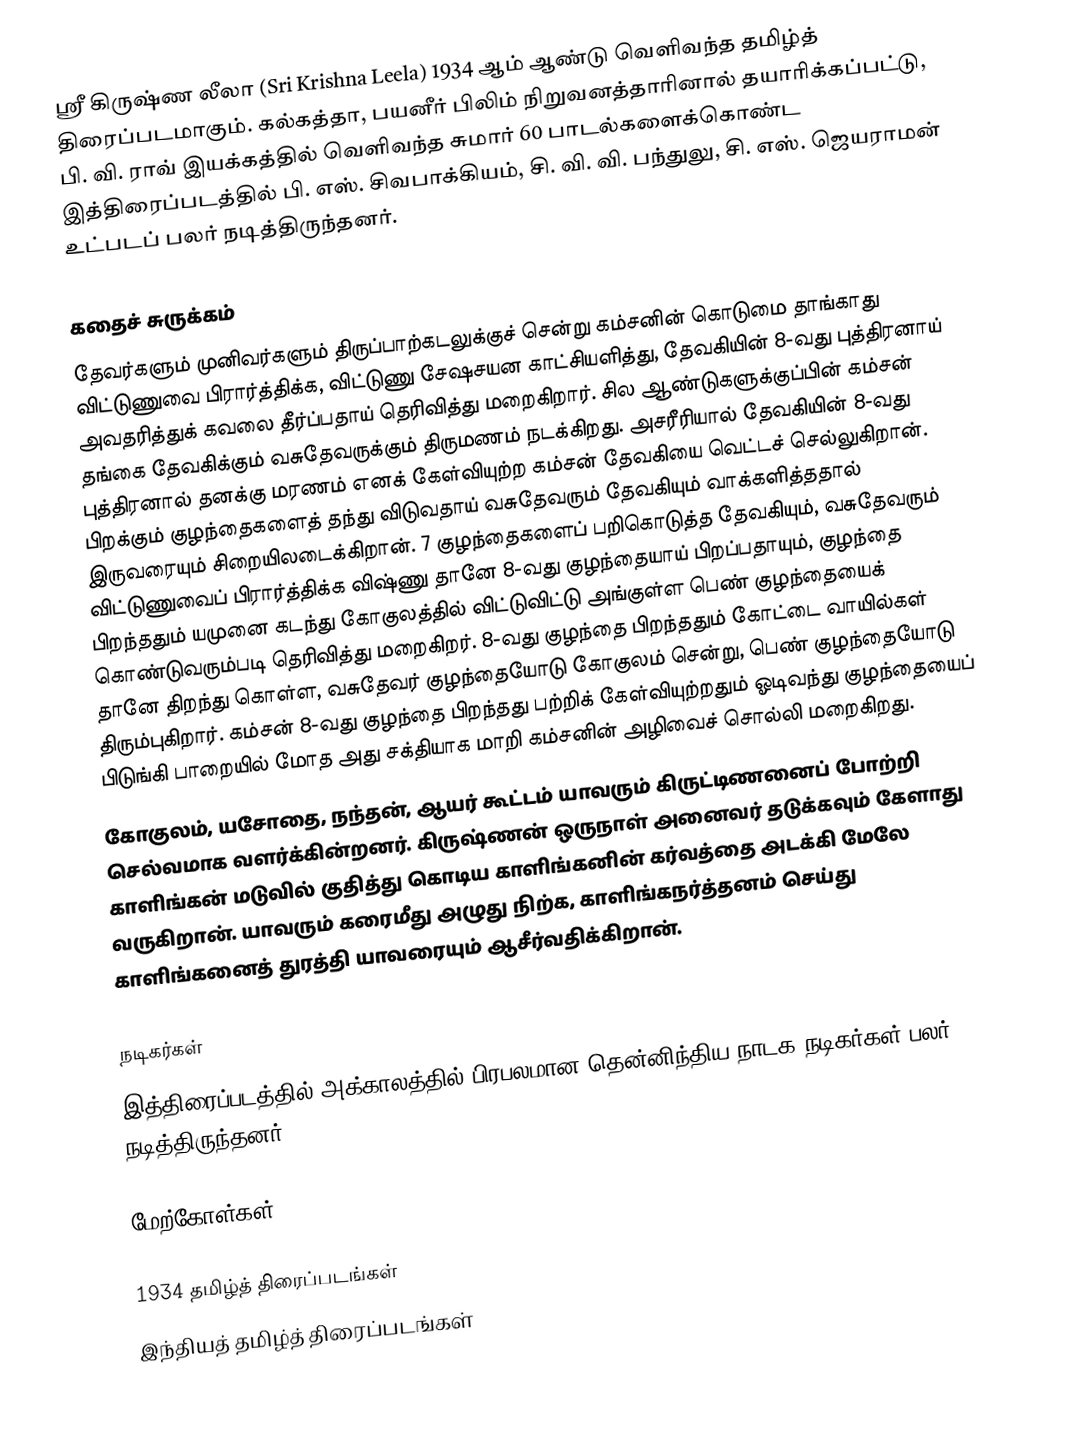
ஸ்ரீ கிருஷ்ண லீலா (Sri Krishna Leela) 1934 ஆம் ஆண்டு வெளிவந்த தமிழ்த் திரைப்படமாகும். கல்கத்தா, பயனீர் பிலிம் நிறுவனத்தாரினால் தயாரிக்கப்பட்டு, பி. வி. ராவ் இயக்கத்தில் வெளிவந்த சுமார் 60 பாடல்களைக்கொண்ட இத்திரைப்படத்தில் பி. எஸ். சிவபாக்கியம், சி. வி. வி. பந்துலு, சி. எஸ். ஜெயராமன் உட்படப் பலர் நடித்திருந்தனர்.

கதைச் சுருக்கம்
தேவர்களும் முனிவர்களும் திருப்பாற்கடலுக்குச் சென்று கம்சனின் கொடுமை தாங்காது விட்டுணுவை பிரார்த்திக்க, விட்டுணு சேஷசயன காட்சியளித்து, தேவகியின் 8-வது புத்திரனாய் அவதரித்துக் கவலை தீர்ப்பதாய் தெரிவித்து மறைகிறார். சில ஆண்டுகளுக்குப்பின் கம்சன் தங்கை தேவகிக்கும் வசுதேவருக்கும் திருமணம் நடக்கிறது. அசரீரியால் தேவகியின் 8-வது புத்திரனால் தனக்கு மரணம் எனக் கேள்வியுற்ற கம்சன் தேவகியை வெட்டச் செல்லுகிறான். பிறக்கும் குழந்தைகளைத் தந்து விடுவதாய் வசுதேவரும் தேவகியும் வாக்களித்ததால் இருவரையும் சிறையிலடைக்கிறான். 7 குழந்தைகளைப் பறிகொடுத்த தேவகியும், வசுதேவரும் விட்டுணுவைப் பிரார்த்திக்க விஷ்ணு தானே 8-வது குழந்தையாய் பிறப்பதாயும், குழந்தை பிறந்ததும் யமுனை கடந்து கோகுலத்தில் விட்டுவிட்டு அங்குள்ள பெண் குழந்தையைக் கொண்டுவரும்படி தெரிவித்து மறைகிறர். 8-வது குழந்தை பிறந்ததும் கோட்டை வாயில்கள் தானே திறந்து கொள்ள, வசுதேவர் குழந்தையோடு கோகுலம் சென்று, பெண் குழந்தையோடு திரும்புகிறார். கம்சன் 8-வது குழந்தை பிறந்தது பற்றிக் கேள்வியுற்றதும் ஓடிவந்து குழந்தையைப் பிடுங்கி பாறையில் மோத அது சக்தியாக மாறி கம்சனின் அழிவைச் சொல்லி மறைகிறது.
கோகுலம், யசோதை, நந்தன், ஆயர் கூட்டம் யாவரும் கிருட்டிணனைப் போற்றி செல்வமாக வளர்க்கின்றனர். கிருஷ்ணன் ஒருநாள் அனைவர் தடுக்கவும் கேளாது காளிங்கன் மடுவில் குதித்து கொடிய காளிங்கனின் கர்வத்தை அடக்கி மேலே வருகிறான். யாவரும் கரைமீது அழுது நிற்க, காளிங்கநர்த்தனம் செய்து காளிங்கனைத் துரத்தி யாவரையும் ஆசீர்வதிக்கிறான்.

நடிகர்கள்
இத்திரைப்படத்தில் அக்காலத்தில் பிரபலமான தென்னிந்திய நாடக நடிகர்கள் பலர் நடித்திருந்தனர்.

மேற்கோள்கள்

1934 தமிழ்த் திரைப்படங்கள்
இந்தியத் தமிழ்த் திரைப்படங்கள்